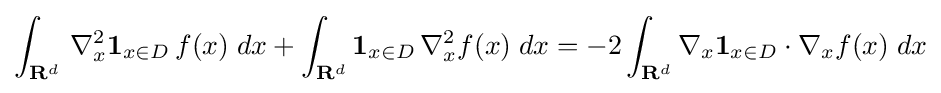
\int _{\mathbf {R} ^{d}}\,\nabla _{x}^{2}\mathbf {1} _{x\in D}\,f(x)\;dx+\int _{\mathbf {R} ^{d}}\mathbf {1} _{x\in D}\,\nabla _{x}^{2}f(x)\;dx=-2\int _{\mathbf {R} ^{d}}\nabla _{x}\mathbf {1} _{x\in D}\cdot \nabla _{x}f(x)\;dx